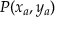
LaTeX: P ( x _ { a } , y _ { a } )